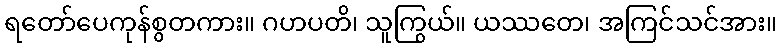
ရတော်ပေကုန်စွတကား။ ဂဟပတိ၊ သူကြွယ်။ ယဿတေ၊ အကြင်သင်အား။